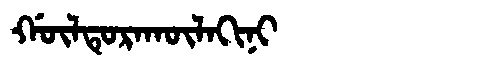
Manchu: ᡤᡡᠯᡨᡠᡵᠠᡴᡡᠯᠠᡴᡳᠨᡳ
Romanization: GŪLTURAKŪLAKINI